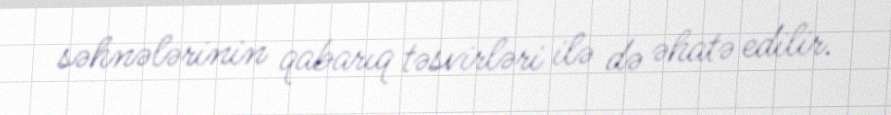
səhnələrinin qabarıq təsvirləri ilə də əhatə edilir.